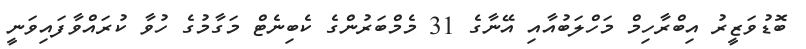
ބޮޑުވަޒީރު އިބްރާހިމް މަހްލަބުއާއި އޭނާގެ 31 މެމްބަރުންގެ ކެބިނެޓް މަގާމުގެ ހުވާ ކުރައްވާފައިވަނީ